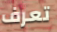
تعرف